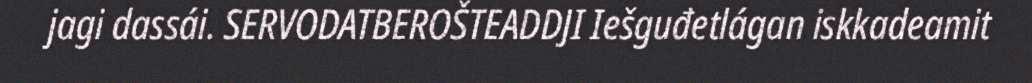
jagi dassái. SERVODATBEROŠTEADDJI Iešguđetlágan iskkadeamit